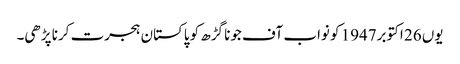
یوں 26 اکتوبر1947 کو نواب آف جونا گڑھ کو پاکستان ہجرت کرنا پڑھی۔